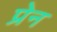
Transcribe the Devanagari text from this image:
प्रेन